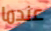
عندما